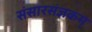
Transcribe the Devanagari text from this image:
संसारसंज्ञकम्